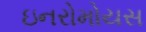
ઇનરોમોયસ